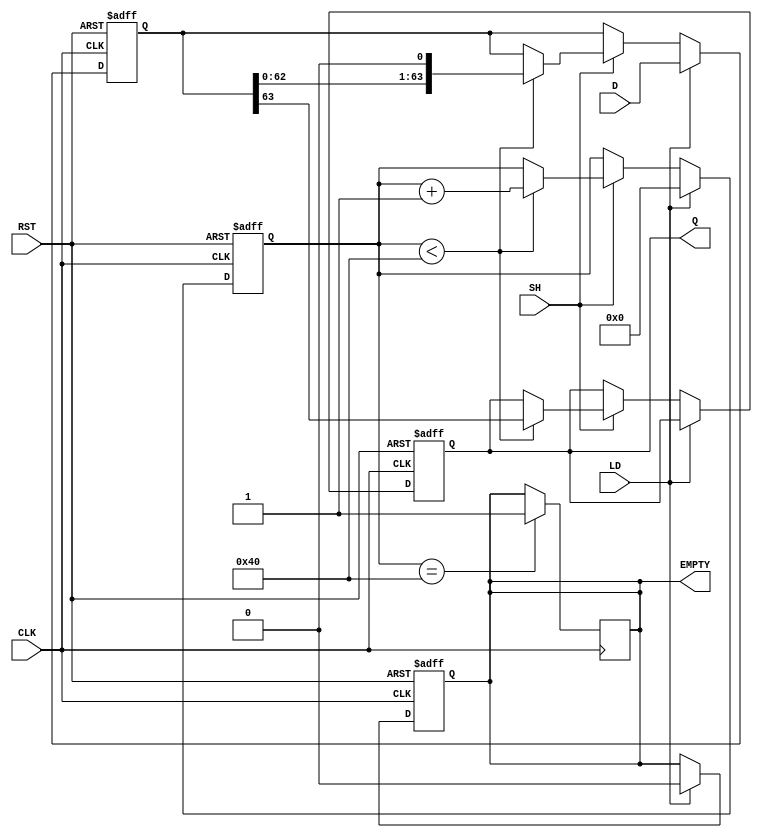
module PISO_Register (
    input  wire [63:0] D,    // 64-bit input data
    input  wire LD,          // Load signal
    input  wire SH,          // Shift signal
    input  wire CLK,         // Clock signal
    input  wire RST,         // Reset signal
    output reg  Q,           // Serial output
    output reg  EMPTY        // Empty signal
);

// Internal registers
reg [63:0] shift_reg;       // 64-bit shift register
reg [6:0] shift_counter;    // 7-bit counter to track number of bits shifted out

// Asynchronous reset and load operation
always @(posedge CLK or posedge RST) begin
    if (RST) begin
        shift_reg <= 64'b0;   // Clear the shift register
        shift_counter <= 7'b0; // Reset the counter
        Q <= 1'b0;            // Reset serial output
        EMPTY <= 1'b1;        // Set EMPTY signal high
    end else if (LD) begin
        shift_reg <= D;       // Load data into the shift register
        shift_counter <= 7'b0; // Reset the counter
        EMPTY <= 1'b0;        // Set EMPTY signal low
    end else if (SH) begin
        if (shift_counter < 64) begin
            Q <= shift_reg[63]; // Shift out the MSB
            shift_reg <= shift_reg << 1; // Shift left
            shift_counter <= shift_counter + 1; // Increment counter
        end
    end
end

// Update EMPTY signal
always @(posedge CLK) begin
    if (shift_counter == 64) begin
        EMPTY <= 1'b1; // Set EMPTY when all bits have been shifted out
    end
end

endmodule